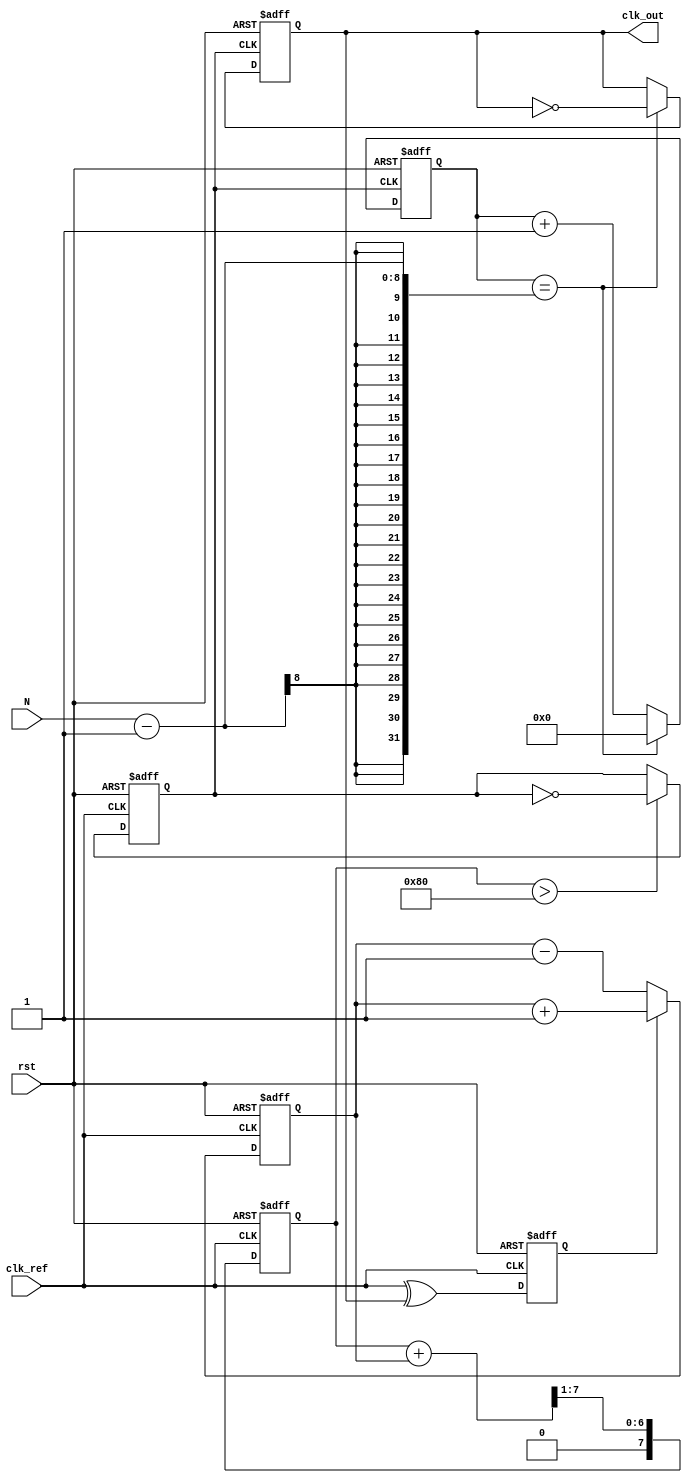
module integer_n_pll (
    input wire clk_ref,        // Reference clock input
    input wire rst,            // Reset signal
    input wire [7:0] N,        // Division factor (programmable)
    output wire clk_out        // Output clock
);

// Phase Detector
reg phase_error;
always @(posedge clk_ref or posedge rst) begin
    if (rst) begin
        phase_error <= 0;
    end else begin
        // Simple phase detection logic (for illustration)
        // In a real design, this would compare the phase of clk_ref and clk_out
        phase_error <= (clk_ref ^ clk_out); // XOR for phase error
    end
end

// Charge Pump
reg [7:0] control_voltage;
always @(posedge clk_ref or posedge rst) begin
    if (rst) begin
        control_voltage <= 8'b0;
    end else begin
        // Simple charge pump logic
        if (phase_error) begin
            control_voltage <= control_voltage + 1; // Increase control voltage
        end else begin
            control_voltage <= control_voltage - 1; // Decrease control voltage
        end
    end
end

// Loop Filter (simple RC filter model)
reg [7:0] filtered_voltage;
always @(posedge clk_ref or posedge rst) begin
    if (rst) begin
        filtered_voltage <= 8'b0;
    end else begin
        // Simple low-pass filter (RC)
        filtered_voltage <= (filtered_voltage + control_voltage) >> 1; // Averaging
    end
end

// Voltage-Controlled Oscillator (VCO)
reg clk_vco;
always @(posedge clk_ref or posedge rst) begin
    if (rst) begin
        clk_vco <= 0;
    end else begin
        // Simple VCO model (frequency controlled by filtered_voltage)
        if (filtered_voltage > 128) begin
            clk_vco <= ~clk_vco; // Toggle VCO output based on control voltage
        end
    end
end

// Divider (N)
reg [7:0] counter;
always @(posedge clk_vco or posedge rst) begin
    if (rst) begin
        counter <= 0;
        clk_out <= 0;
    end else begin
        if (counter == (N - 1)) begin
            clk_out <= ~clk_out; // Toggle output clock
            counter <= 0; // Reset counter
        end else begin
            counter <= counter + 1; // Increment counter
        end
    end
end

endmodule